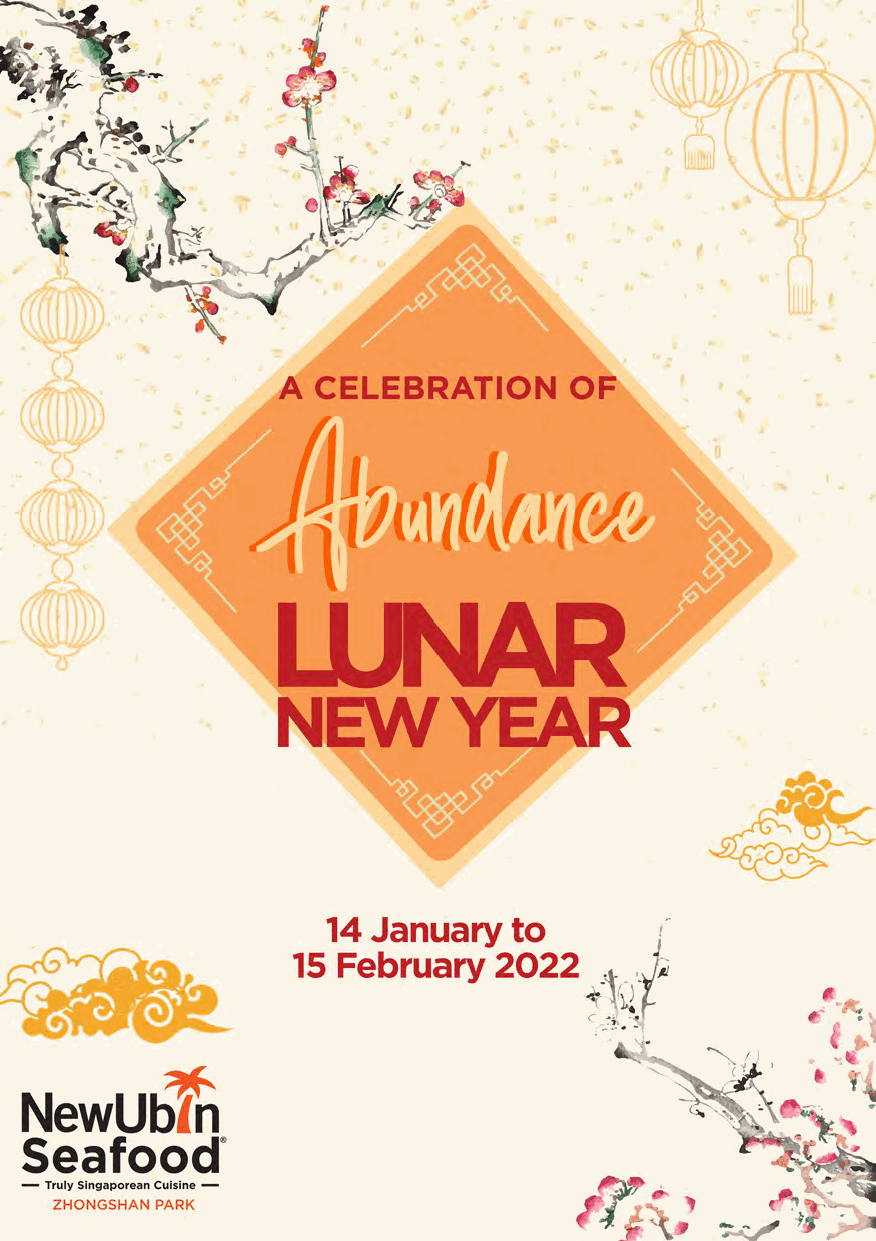
UJ
 A  CELEBRATION      OF
 14 January  to        ,-
 ·-r
 15 February   2022   4.. _
 ·<t·f~
 C _~!-; ~
 *
 NewUbln
 Seafood®
 - Truly Singaporean Cuisine -
 ZHONGSHAN PARK